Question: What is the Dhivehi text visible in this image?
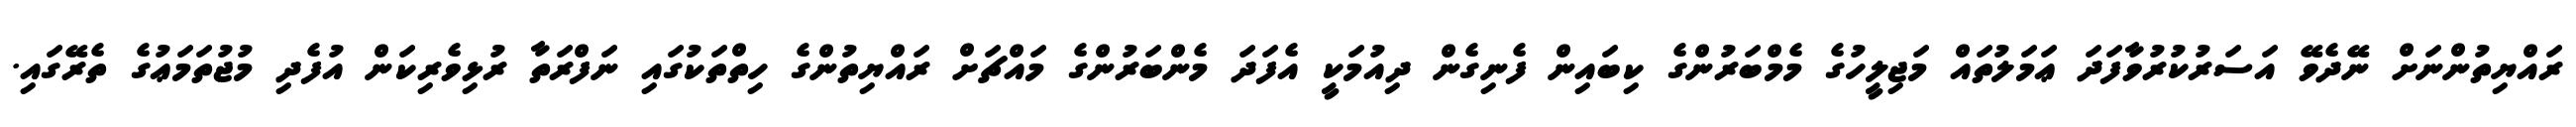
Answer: ރައްޔިތުންނަށް ނޭދެވޭ އަސަރުކުރުވާފަދަ ޢަމަލުތައް މަޖިލީހުގެ މެމްބަރުންގެ ކިބައިން ފެނިގެން ދިއުމަކީ އެފަދަ މެންބަރުންގެ މައްޗަށް ރައްޔިތުންގެ ހިތްތަކުގައި ނަފްރަތާ ރުޅިވެރިކަން އުފެދި މުޖުތަމަޢުގެ ތެރޭގައި.